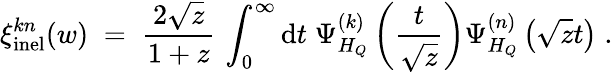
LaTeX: \xi_{\mathrm{inel}}^{kn}(w)\; =\; \frac{2\sqrt{z}}{1+z}\, \int_{0}^{\infty}\mathrm{d}t\; \Psi_{H_{Q}}^{(k)}\left(\frac{t}{\sqrt{z}}\right)\Psi_{H_{Q}}^{(n)}\left(\sqrt{z}t\right)\; .